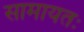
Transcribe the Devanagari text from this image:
सामायतः